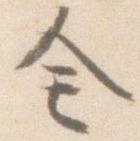
全